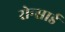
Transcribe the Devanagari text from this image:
रोन्सार्ड